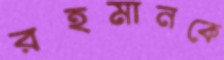
রহমানকে